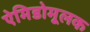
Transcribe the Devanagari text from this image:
ऐमिडोमूलक